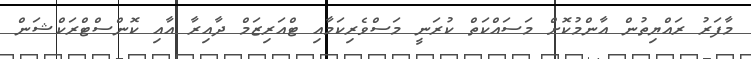
މާފަރު ރައްޔިތުން އާންމުކޮށް މަސައްކަތް ކުރަނީ މަސްވެރިކަމާއި ޓްއަރިޒަމް ދާއިރާ އާއި ކޮންސްޓްރަކްޝަން